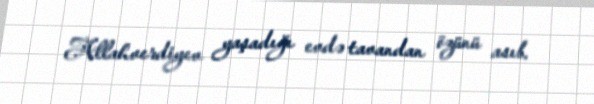
Allahverdiyev yaşadığı evdə tavandan özünü asıb.